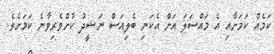
ކަމެއް ކަމަށާއި އެ މައްސަލަ އަށް އެކަނި ބެލިއަސް ނަޝީދު ކުށްވެރިވާނެ ކަމަށެވެ.